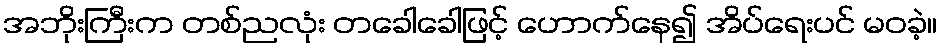
အဘိုးကြီးက တစ်ညလုံး တခေါခေါဖြင့် ဟောက်နေ၍ အိပ်ရေးပင် မဝခဲ့။